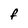
Character: f